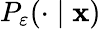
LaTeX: P_{\varepsilon}(\cdot\mid\mathbf{x})